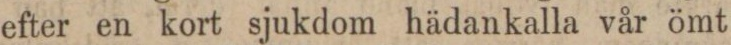
efter en kort sjukdom hädankalla vår ömt